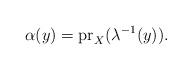
LaTeX: \begin{align*}\alpha(y)={\rm pr}_X(\lambda^{-1}(y)).\end{align*}